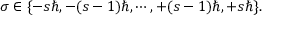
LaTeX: \sigma \in \{ - s \hbar , - ( s - 1 ) \hbar , \cdots , + ( s - 1 ) \hbar , + s \hbar \} .